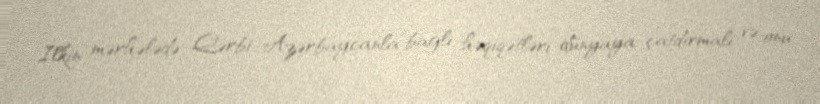
İlkin mərhələdə Qərbi Azərbaycanla bağlı həqiqətləri dünyaya çatdırmalı və onu